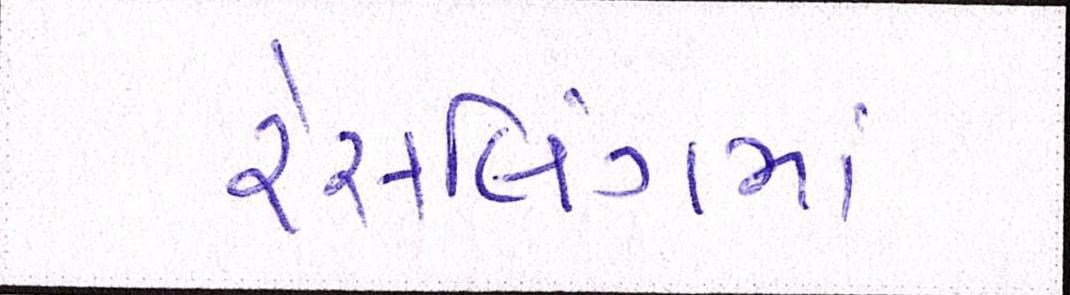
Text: રેસલિંગમાં